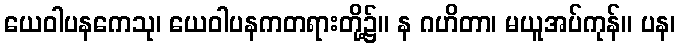
ယေဝါပနကေသု၊ ယေဝါပနကတရားတို့၌။ န ဂဟိတာ၊ မယူအပ်ကုန်။ ပန၊